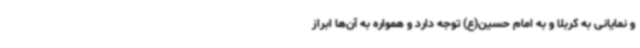
و نمایانی به کربلا و به امام حسین(ع) توجه دارد و همواره به آن‌ها ابراز